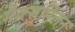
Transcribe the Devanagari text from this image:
मैक्समिलन